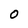
Character: O